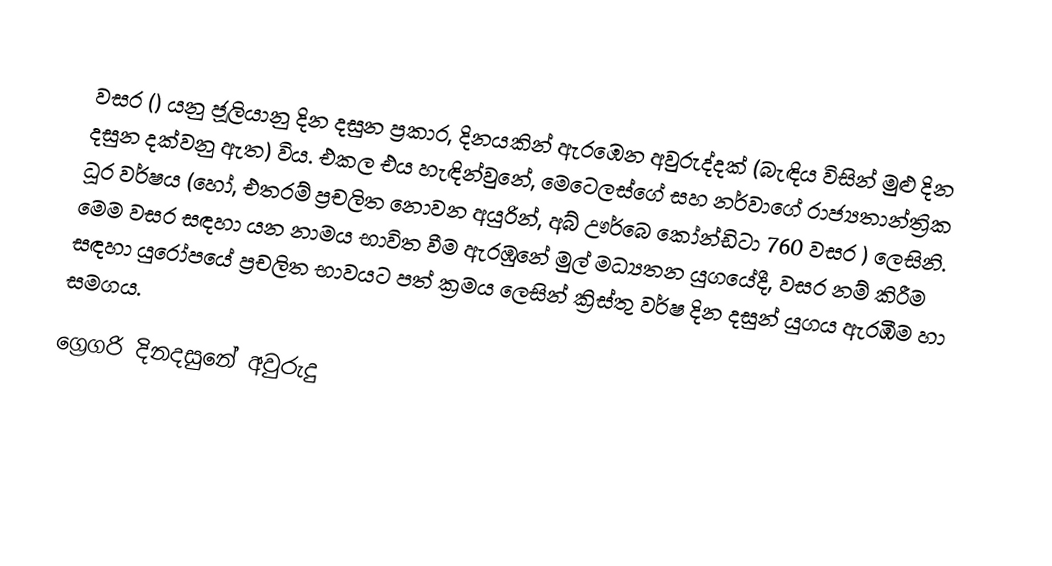

වසර   () යනු  ජූලියානු දින දසුන ප්‍රකාර,    දිනයකින් ඇරඹෙන  අවුරුද්දක්   (බැඳිය විසින් මුළු දින දසුන දක්වනු ඇත)  විය. එකල එය හැඳින්වුනේ, මෙටෙලස්ගේ සහ  නර්වාගේ  රාජ්‍යතාන්ත්‍රික  ධූර වර්ෂය  (හෝ, එතරම් ප්‍රචලිත නොවන අයුරින්,  අබ් ඌර්බෙ කෝන්ඩිටා 	760	  වසර  ) ලෙසිනි. මෙම වසර සඳහා   යන නාමය භාවිත වීම ඇරඹුනේ මුල් මධ්‍යතන යුගයේදී, වසර නම් කිරීම සඳහා යුරෝපයේ ප්‍රචලිත භාවයට පත් ක්‍රමය ලෙසින් ක්‍රිස්තු වර්ෂ දින දසුන් යුගය ඇරඹීම හා සමගය.

ග්‍රෙගරි දිනදසුනේ අවුරුදු